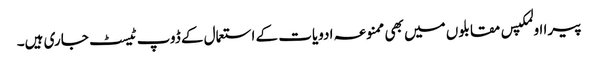
پیرا اولمکپس مقابلوں میں بھی ممنوعہ ادویات کے استعمال کے ڈوپ ٹیسٹ جاری ہیں۔